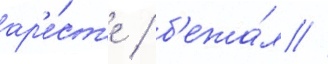
ар'е́ст'е / б'ежа́л //